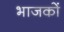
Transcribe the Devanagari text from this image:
भाजकों